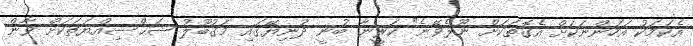
އެކަމަކު އަހަންނަކަށް އެގޮތަކަށް ނޫޅެވޭނެ" ކަރީނާ ބުނީ ދުނިޔޭގައި މަޤުބޫލު ޝަޙްސިއްޔަތަކަށް ވާން